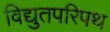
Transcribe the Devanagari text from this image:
विद्युतपरिपथ